Civil Veterinary Department Bihar & Orissa reports 1929-36 - 1929-1936
Year: 1929
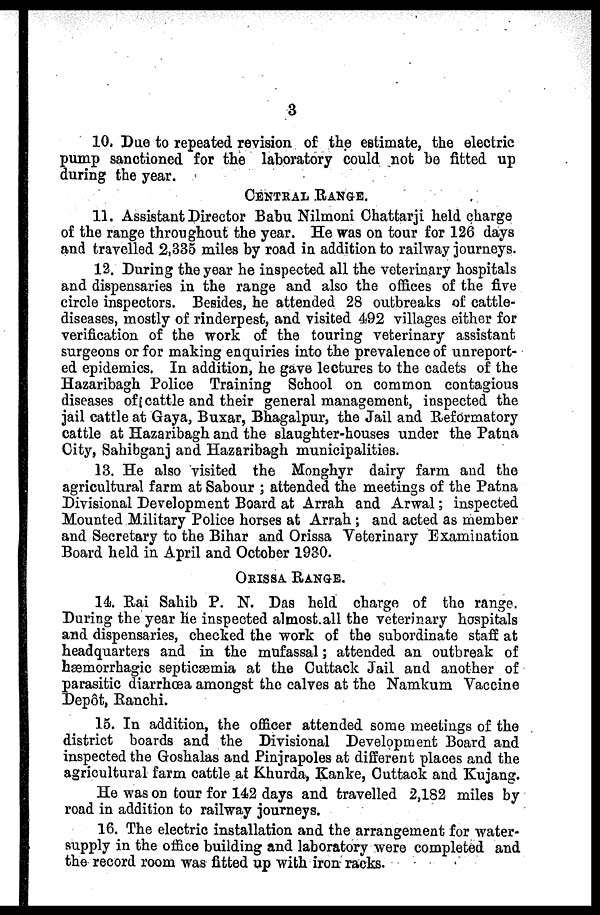
3
10. Due to repeated revision of the estimate, the electric
pump sanctioned for the laboratory could not be fitted up
during the year.
CENTRAL RANGE.
11. Assistant Director Babu Nilmoni Chattarji held charge
of the range throughout the year. He was on tour for 126 days
and travelled 2,335 miles by road in addition to railway journeys.
12. During the year he inspected all the veterinary hospitals
and dispensaries in the range and also the offices of the five
circle inspectors. Besides, he attended 28 outbreaks of cattle-
diseases, mostly of rinderpest, and visited 492 villages either for
verification of the work of the touring veterinary assistant
surgeons or for making enquiries into the prevalence of unreport-
ed epidemics. In addition, he gave lectures to the cadets of the
Hazaribagh Police Training School on common contagious
diseases of cattle and their general management, inspected the
jail cattle at Gaya, Buxar, Bhagalpur, the Jail and Reformatory
cattle at Hazaribagh and the slaughter-houses under the Patna
City, Sahibganj and Hazaribagh municipalities.
13. He also visited the Monghyr dairy farm and the
agricultural farm at Sabour ; attended the meetings of the Patna
Divisional Development Board at Arrah and Arwal; inspected
Mounted Military Police horses at Arrah ; and acted as member
and Secretary to the Bihar and Orissa Veterinary Examination
Board held in April and October 1930.
ORISSA RANGE.
14. Rai Sahib P. N. Das held charge of the range.
During the year he inspected almost all the veterinary hospitals
and dispensaries, checked the work of the subordinate staff at
headquarters and in the mufassal; attended an outbreak of
haemorrhagic septicæmia at the Cuttack Jail and another of
parasitic diarrhoea amongst the calves at the Namkum Vaccine
Depot, Ranchi.
15. In addition, the officer attended some meetings of the
district boards and the Divisional Development Board and
inspected the Goshalas and Pinjrapoles at different places and the
agricultural farm cattle at Khurda, Kanke, Cuttaok and Kujang.
He was on tour for 142 days and travelled 2,182 miles by
road in addition to railway journeys.
16. The electric installation and the arrangement for water-
supply in the office building and laboratory were completed and
the record room was fitted up with iron racks.